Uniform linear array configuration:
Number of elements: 12
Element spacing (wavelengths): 0.25
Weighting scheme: kaiser
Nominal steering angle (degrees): -30
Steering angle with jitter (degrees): -28.21
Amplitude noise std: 0.05
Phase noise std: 0.05

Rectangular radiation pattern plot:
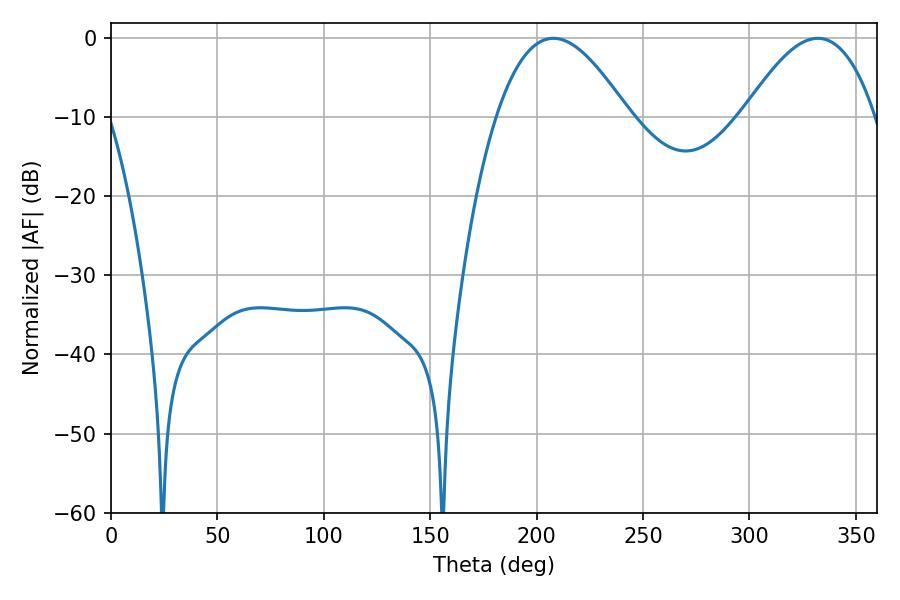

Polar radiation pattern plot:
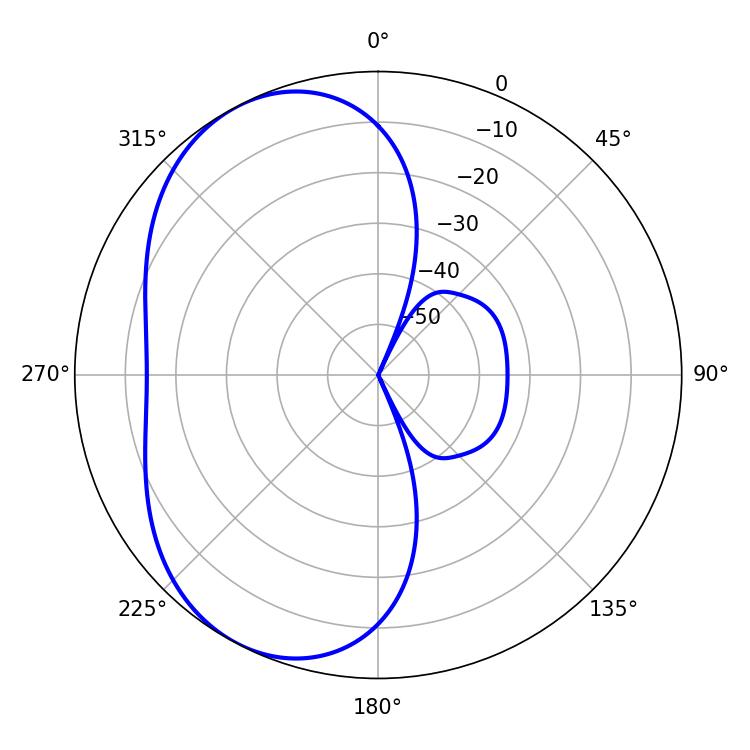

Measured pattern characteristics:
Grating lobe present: FALSE
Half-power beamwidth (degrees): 33.66
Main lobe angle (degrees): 207.9